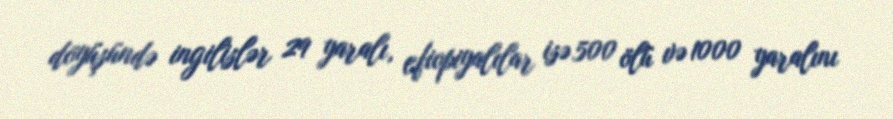
döyüşündə ingilislər 29 yaralı, efiopiyalılar isə 500 ölü və 1000 yaralını